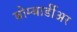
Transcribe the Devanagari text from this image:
बोम्बार्डीअर